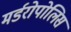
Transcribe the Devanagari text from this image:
मर्डरोपोलिस